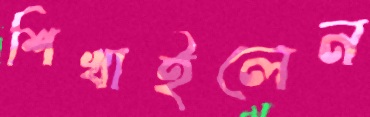
শিখাইলেন